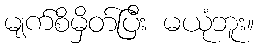
မျက်စိမှိတ်ပြီး မယုံဘူး။